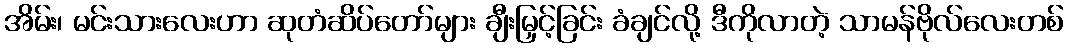
အိမ်း၊ မင်းသားလေးဟာ ဆုတံဆိပ်တော်များ ချီးမြှင့်ခြင်း ခံချင်လို့ ဒီကိုလာတဲ့ သာမန်ဗိုလ်လေးတစ်